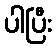
ပါပြီး